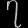
Digit: ၇